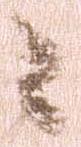
々